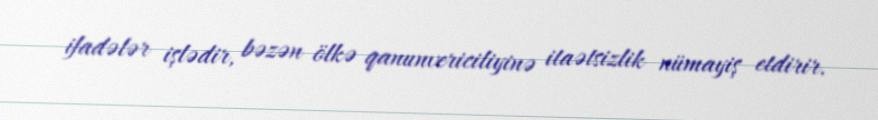
ifadələr işlədir, bəzən ölkə qanunvericiliyinə itaətsizlik nümayiş etdirir.